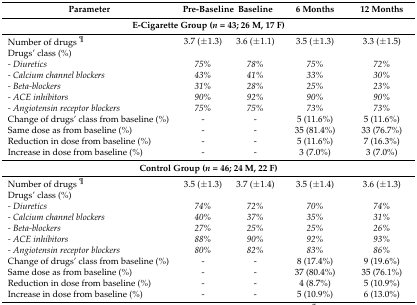
<table><thead><tr><td><b>Parameter</b></td><td><b>Pre-Baseline</b></td><td><b>Baseline </b></td><td><b>6 Months</b></td><td><b>12 Months</b></td></tr></thead><tbody><tr><td colspan="5"><b>E-Cigarette Group (<i>n</i> = 43; 26 M, 17 F)</b></td></tr><tr><td>Number of drugs <sup>¶</sup></td><td>3.7 (±1.3)</td><td>3.6 (±1.1)</td><td>3.5 (±1.3)</td><td>3.3 (±1.5)</td></tr><tr><td>Drugs’ class (%)</td><td></td><td></td><td></td><td></td></tr><tr><td><i>- Diuretics</i></td><td><i>75%</i></td><td><i>78%</i></td><td><i>75%</i></td><td><i>72%</i></td></tr><tr><td><i>- Calcium channel blockers</i></td><td><i>43%</i></td><td><i>41%</i></td><td><i>33%</i></td><td><i>30%</i></td></tr><tr><td><i>- Beta-blockers</i></td><td><i>31%</i></td><td><i>28%</i></td><td><i>25%</i></td><td><i>23%</i></td></tr><tr><td><i>- ACE inhibitors</i></td><td><i>90%</i></td><td><i>92%</i></td><td><i>90%</i></td><td><i>90%</i></td></tr><tr><td><i>- Angiotensin receptor blockers</i></td><td><i>75%</i></td><td><i>75%</i></td><td><i>73%</i></td><td><i>73%</i></td></tr><tr><td>Change of drugs’ class from baseline (%)</td><td>-</td><td>-</td><td>5 (11.6%)</td><td>5 (11.6%)</td></tr><tr><td>Same dose as from baseline (%)</td><td>-</td><td>-</td><td>35 (81.4%)</td><td>33 (76.7%)</td></tr><tr><td>Reduction in dose from baseline (%)</td><td>-</td><td>-</td><td>5 (11.6%)</td><td>7 (16.3%)</td></tr><tr><td>Increase in dose from baseline (%)</td><td>-</td><td>-</td><td>3 (7.0%)</td><td>3 (7.0%)</td></tr><tr><td colspan="5"><b>Control Group (<i>n</i> = 46; 24 M, 22 F)</b></td></tr><tr><td>Number of drugs <sup>¶</sup></td><td>3.5 (±1.3)</td><td>3.7 (±1.4)</td><td>3.5 (±1.4)</td><td>3.6 (±1.3)</td></tr><tr><td>Drugs’ class (%)</td><td></td><td></td><td></td><td></td></tr><tr><td><i>- Diuretics</i></td><td><i>74%</i></td><td><i>72%</i></td><td><i>70%</i></td><td><i>74%</i></td></tr><tr><td><i>- Calcium channel blockers</i></td><td><i>40%</i></td><td><i>37%</i></td><td><i>35%</i></td><td><i>31%</i></td></tr><tr><td><i>- Beta-blockers</i></td><td><i>27%</i></td><td><i>25%</i></td><td><i>25%</i></td><td><i>26%</i></td></tr><tr><td><i>- ACE inhibitors</i></td><td><i>88%</i></td><td><i>90%</i></td><td><i>92%</i></td><td><i>93%</i></td></tr><tr><td><i>- Angiotensin receptor blockers</i></td><td><i>80%</i></td><td><i>82%</i></td><td><i>83%</i></td><td><i>86%</i></td></tr><tr><td>Change of drugs’ class from baseline (%)</td><td>-</td><td>-</td><td>8 (17.4%)</td><td>9 (19.6%)</td></tr><tr><td>Same dose as from baseline (%)</td><td>-</td><td>-</td><td>37 (80.4%)</td><td>35 (76.1%)</td></tr><tr><td>Reduction in dose from baseline (%)</td><td>-</td><td>-</td><td>4 (8.7%)</td><td>5 (10.9%)</td></tr><tr><td>Increase in dose from baseline (%)</td><td>-</td><td>-</td><td>5 (10.9%)</td><td>6 (13.0%)</td></tr></tbody></table>